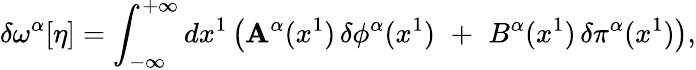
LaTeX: \delta\omega^{\alpha}[\eta]=\int_{-\infty}^{+\infty}dx^{1}\left(\mathbf{A}^{\alpha}(x^{1})\, \delta\phi^{\alpha}(x^{1})\, \, +\, \, B^{\alpha}(x^{1})\, \delta\pi^{\alpha}(x^{1})\right),